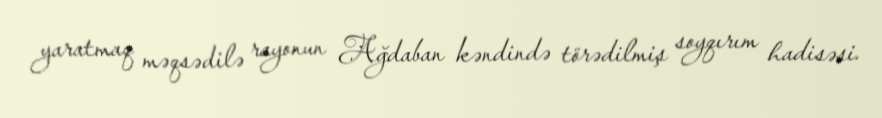
yaratmaq məqsədilə rayonun Ağdaban kəndində törədilmiş soyqırım hadisəsi.